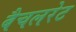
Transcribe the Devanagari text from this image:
बैचलरेट